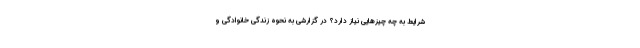
شرایط به چه چیزهایی نیاز دارد؟ در گزارشی به نحوه زندگی خانوادگی و